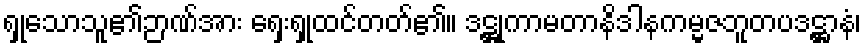
ရှုသောသူ၏ဉာဏ်အား ရှေးရှုထင်တတ်၏။ ဒဋ္ဌုကာမတာနိဒါနကမ္မဇဘူတပဒဋ္ဌာနံ၊